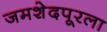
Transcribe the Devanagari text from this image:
जमशेदपूरला